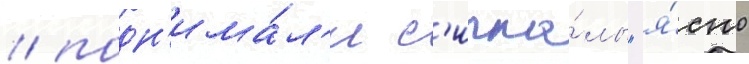
/ подн'има́л'и с'игна́лы "я́сно